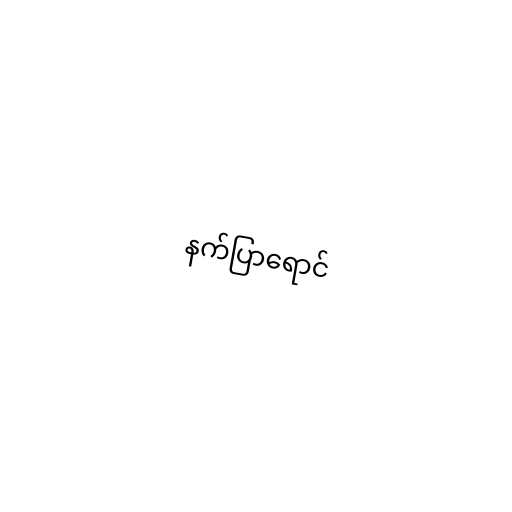
နက်ပြာရောင်